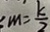
m = \frac { k } { 2 }